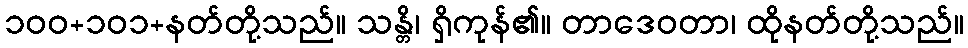
၁၀၀+၁၀၁+နတ်တို့သည်။ သန္တိ၊ ရှိကုန်၏။ တာဒေဝတာ၊ ထိုနတ်တို့သည်။